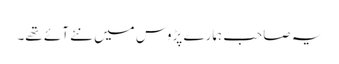
یہ صاحب ہمارے پڑوس میں نئے آئے تھے۔